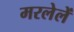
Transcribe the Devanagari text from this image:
मरलेलें